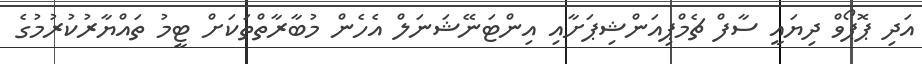
އަދި ޕޮޕޯވް ދިޔައީ ސާފް ޗެމްޕިއަންޝިޕަށާއި އިންޓަނޭޝަނަލް އެހެން މުބާރާތްތަކަށް ޓީމު ތައްޔާރުކުރުމުގެ